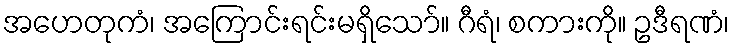
အဟေတုကံ၊ အကြောင်းရင်းမရှိသော်။ ဂီရံ၊ စကားကို။ ဥဒီရဏံ၊